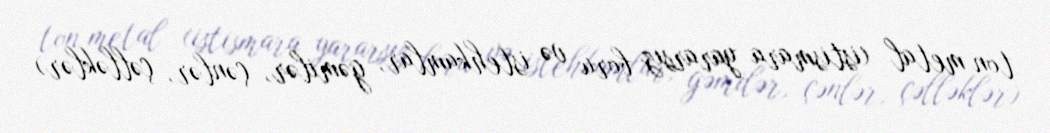
ton metal (istismara yararsız boru və istehkamlar, gəmilər, çənlər, çəlləklər)